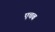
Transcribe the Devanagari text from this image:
एचब